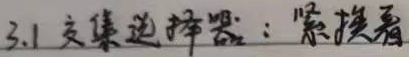
3.1 交集选择器：紧挨着